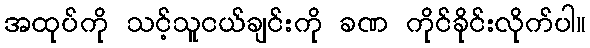
အထုပ်ကို သင့်သူငယ်ချင်းကို ခဏ ကိုင်ခိုင်းလိုက်ပါ။